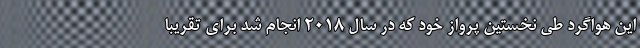
این هواگرد طی نخستین پرواز خود که در سال 2018 انجام شد برای تقریبا